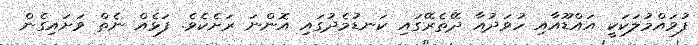
ފުވައްމުލަކަކީ އައްޑޫއާއި ހުވަދުއާ ދޭތެރޭގައި ކަނޑުމެދުގައި އޮންނަ ރަށެކެވެ. ފަޅެއް ނެތް ވަށައިގެން